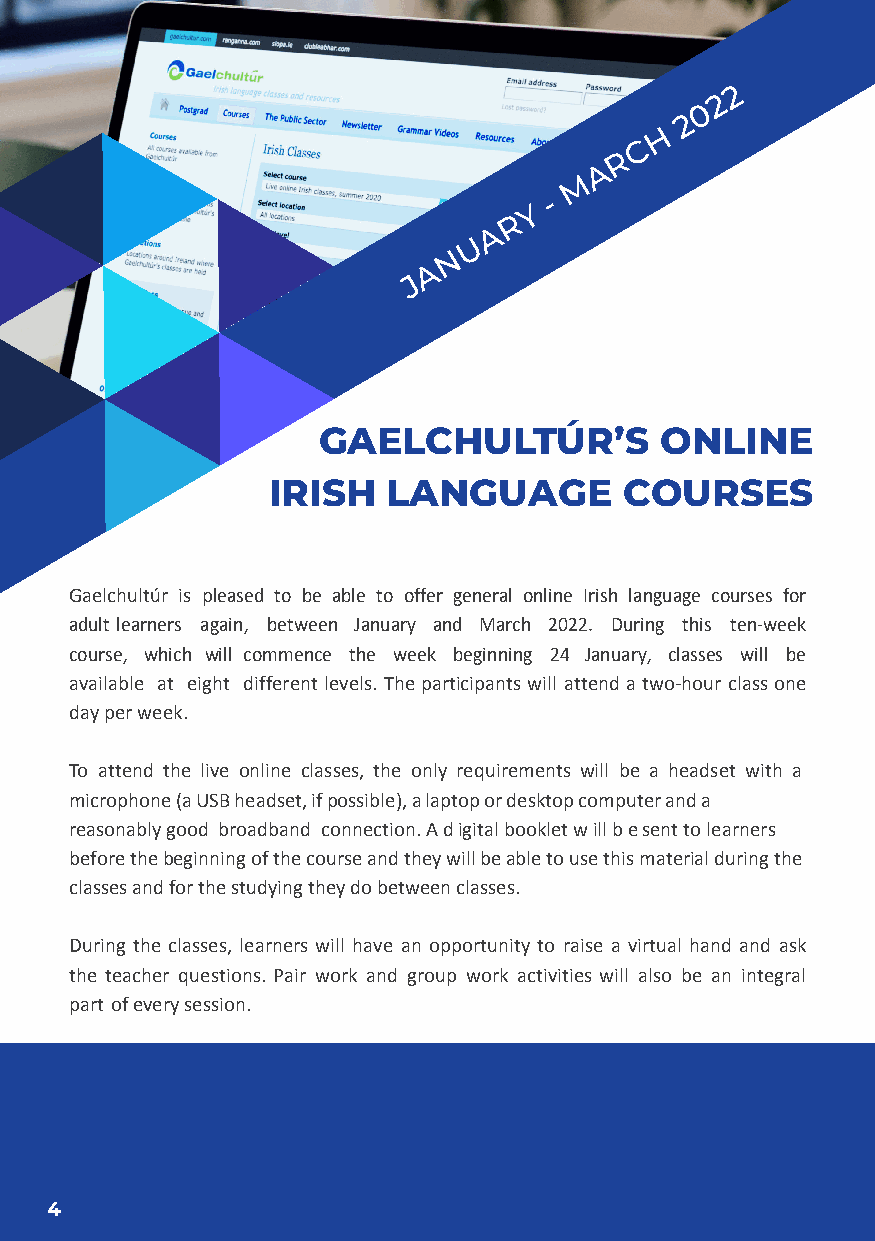
2
 2
 0
 2
 H
 C
 R
 A
 M
 Y
 -
 R
 A
 U
 N
 A
 J
 GAELCHULTÚR’S          ONLINE
 IRISH   LANGUAGE       COURSES
 Gaelchultúr is pleased to be able to offer general online Irish language courses for
 adult learners again, between January and March 2022. During this ten-week
 course, which will commence the week beginning 24 January, classes will be
 available at eight different levels. The participants will attend a two-hour class one
 day per week.
 To attend the live online classes, the only requirements will be a headset with a
 microphone (a USB headset, if possible), a laptop or desktop computer and a
 reasonably good broadband connection. A d igital booklet w ill b e sent to learners
 before the beginning of the course and they will be able to use this material during the
 classes and for the studying they do between classes.
 During the classes, learners will have an opportunity to raise a virtual hand and ask
 the teacher questions. Pair work and group work activities will also be an integral
 part of every session.
 4